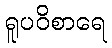
ရူပဝိစာရေ